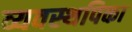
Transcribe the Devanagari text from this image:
व्यवस्थपिका